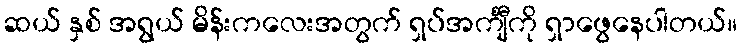
ဆယ် နှစ် အရွယ် မိန်းကလေးအတွက် ရှပ်အင်္ကျီကို ရှာဖွေနေပါတယ်။